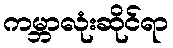
ကမ္ဘာလုံးဆိုင်ရာ